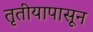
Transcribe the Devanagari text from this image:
तृतीयापासून